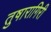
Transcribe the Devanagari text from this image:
तुषारागिरी